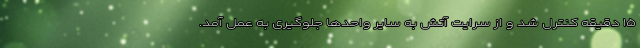
۱۵ دقیقه کنترل شد و از سرایت آتش به سایر واحدها جلوگیری به عمل آمد.